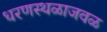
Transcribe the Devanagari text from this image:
धरणस्थळाजवळ